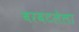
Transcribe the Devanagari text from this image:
बरबटलेला